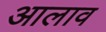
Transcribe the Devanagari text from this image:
आलाव